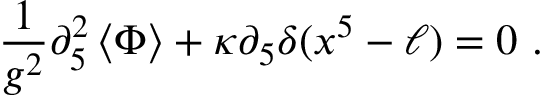
{ \frac { 1 } { g ^ { 2 } } } \partial _ { 5 } ^ { 2 } \left\langle { \Phi } \right\rangle + \kappa \partial _ { 5 } \delta ( x ^ { 5 } - \ell ) = 0 \ .